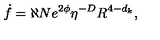
\dot { f } = \aleph N e ^ { 2 \phi } \eta ^ { - D } R ^ { 4 - d _ { k } } ,